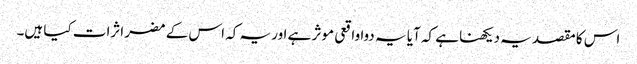
اس کا مقصد یہ دیکھنا ہے کہ آیا یہ دوا واقعی موثر ہے اور یہ کہ اس کے مضر اثرات کیا ہیں۔